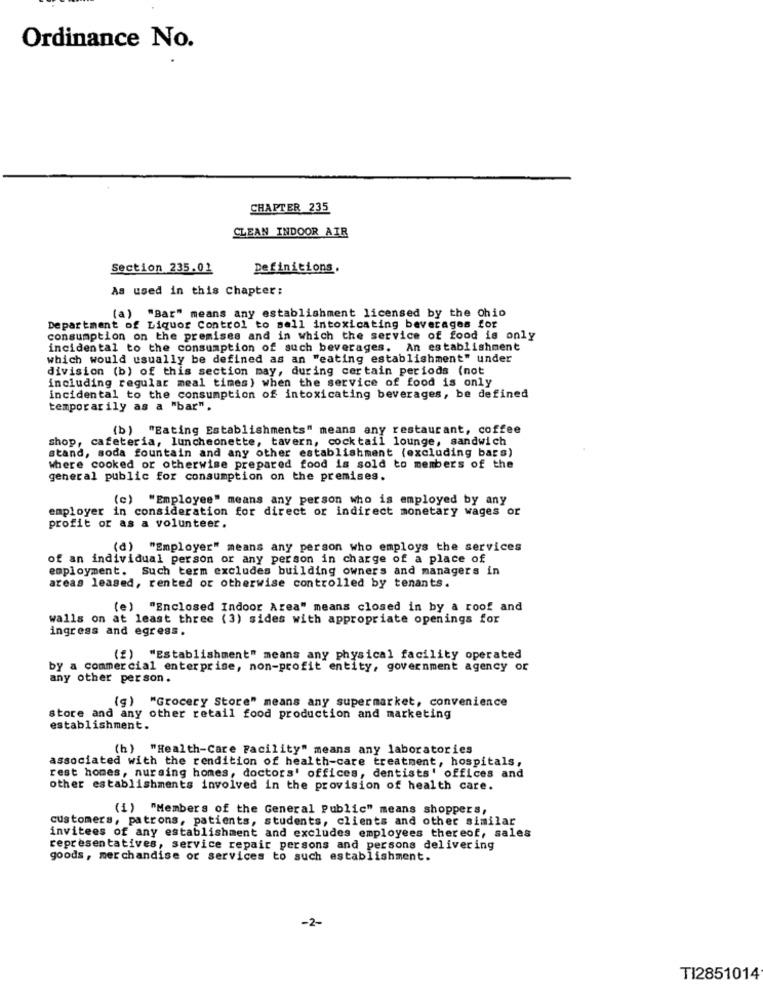
Ordinance No.
CHAPTER 235
CLEAN INDOOR AIR
Section 235.02
Definitions,
As used in this Chapter:
(a) "Bar" means any establishment licensed by the Ohio
Department of Liquor Control to sell intoxicating beverages for
consumption on the premises and in which the service of food is only
incidental to the consumption of such beverages. An establishment
which would usually be defined as an "eating establishment" under
division (b) of this section may, during certain periods (not
including regular meal times) when the service of food is only
incidental to the consumption of intoxicating beverages, be defined
temporarily as a "bar".
(b) "Eating Establishments" means any restaurant, coffee
shop, cafeteria, luncheonette, tavern, cocktail lounge, sandwich
stand, soda fountain and any other establishment (excluding bars)
where cooked or otherwise prepared food is sold to members of the
general public for consumption on the premises.
(c) "Employee" means any person who is employed by any
employer in consideration for direct or indirect monetary wages or
profit or as a volunteer.
(d) "Employer" means any person who employs the services
of an individual person or any person in charge of a place of
employment. Such term excludes building owners and managers in
areas leased, rented or otherwise controlled by tenants.
(e) "Enclosed Indoor Area" means closed in by a roof and
walls on at least three (3) sides with appropriate openings for
ingress and egress.
(2) "Establishment" means any physical facility operated
by a commercial enterprise, non-profit entity, government agency or
any other person.
(g) "Grocery Store" means any supermarket, convenience
store and any other retail food production and marketing
establishment.
(h) "Health-Care Facility" means any laboratories
associated with the rendition of health-care treatment, hospitals,
rest homes, nursing homes, doctors' offices, dentists' offices and
other establishments involved in the provision of health care.
(i) "Members of the General Public" means shoppers,
customers, patrons, patients, students, clients and other similar
invitees of any establishment and excludes employees thereof, sales
representatives, service repair persons and persons delivering
goods, merchandise or services to such establishment.
-2-
TI2851014